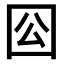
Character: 𡆾